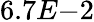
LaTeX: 6.7E{-2}